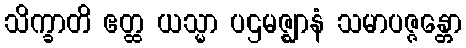
သိက္ခာတိ ဧတ္ထ ယသ္မာ ပဌမဇ္ဈာနံ သမာပဇ္ဇန္တော